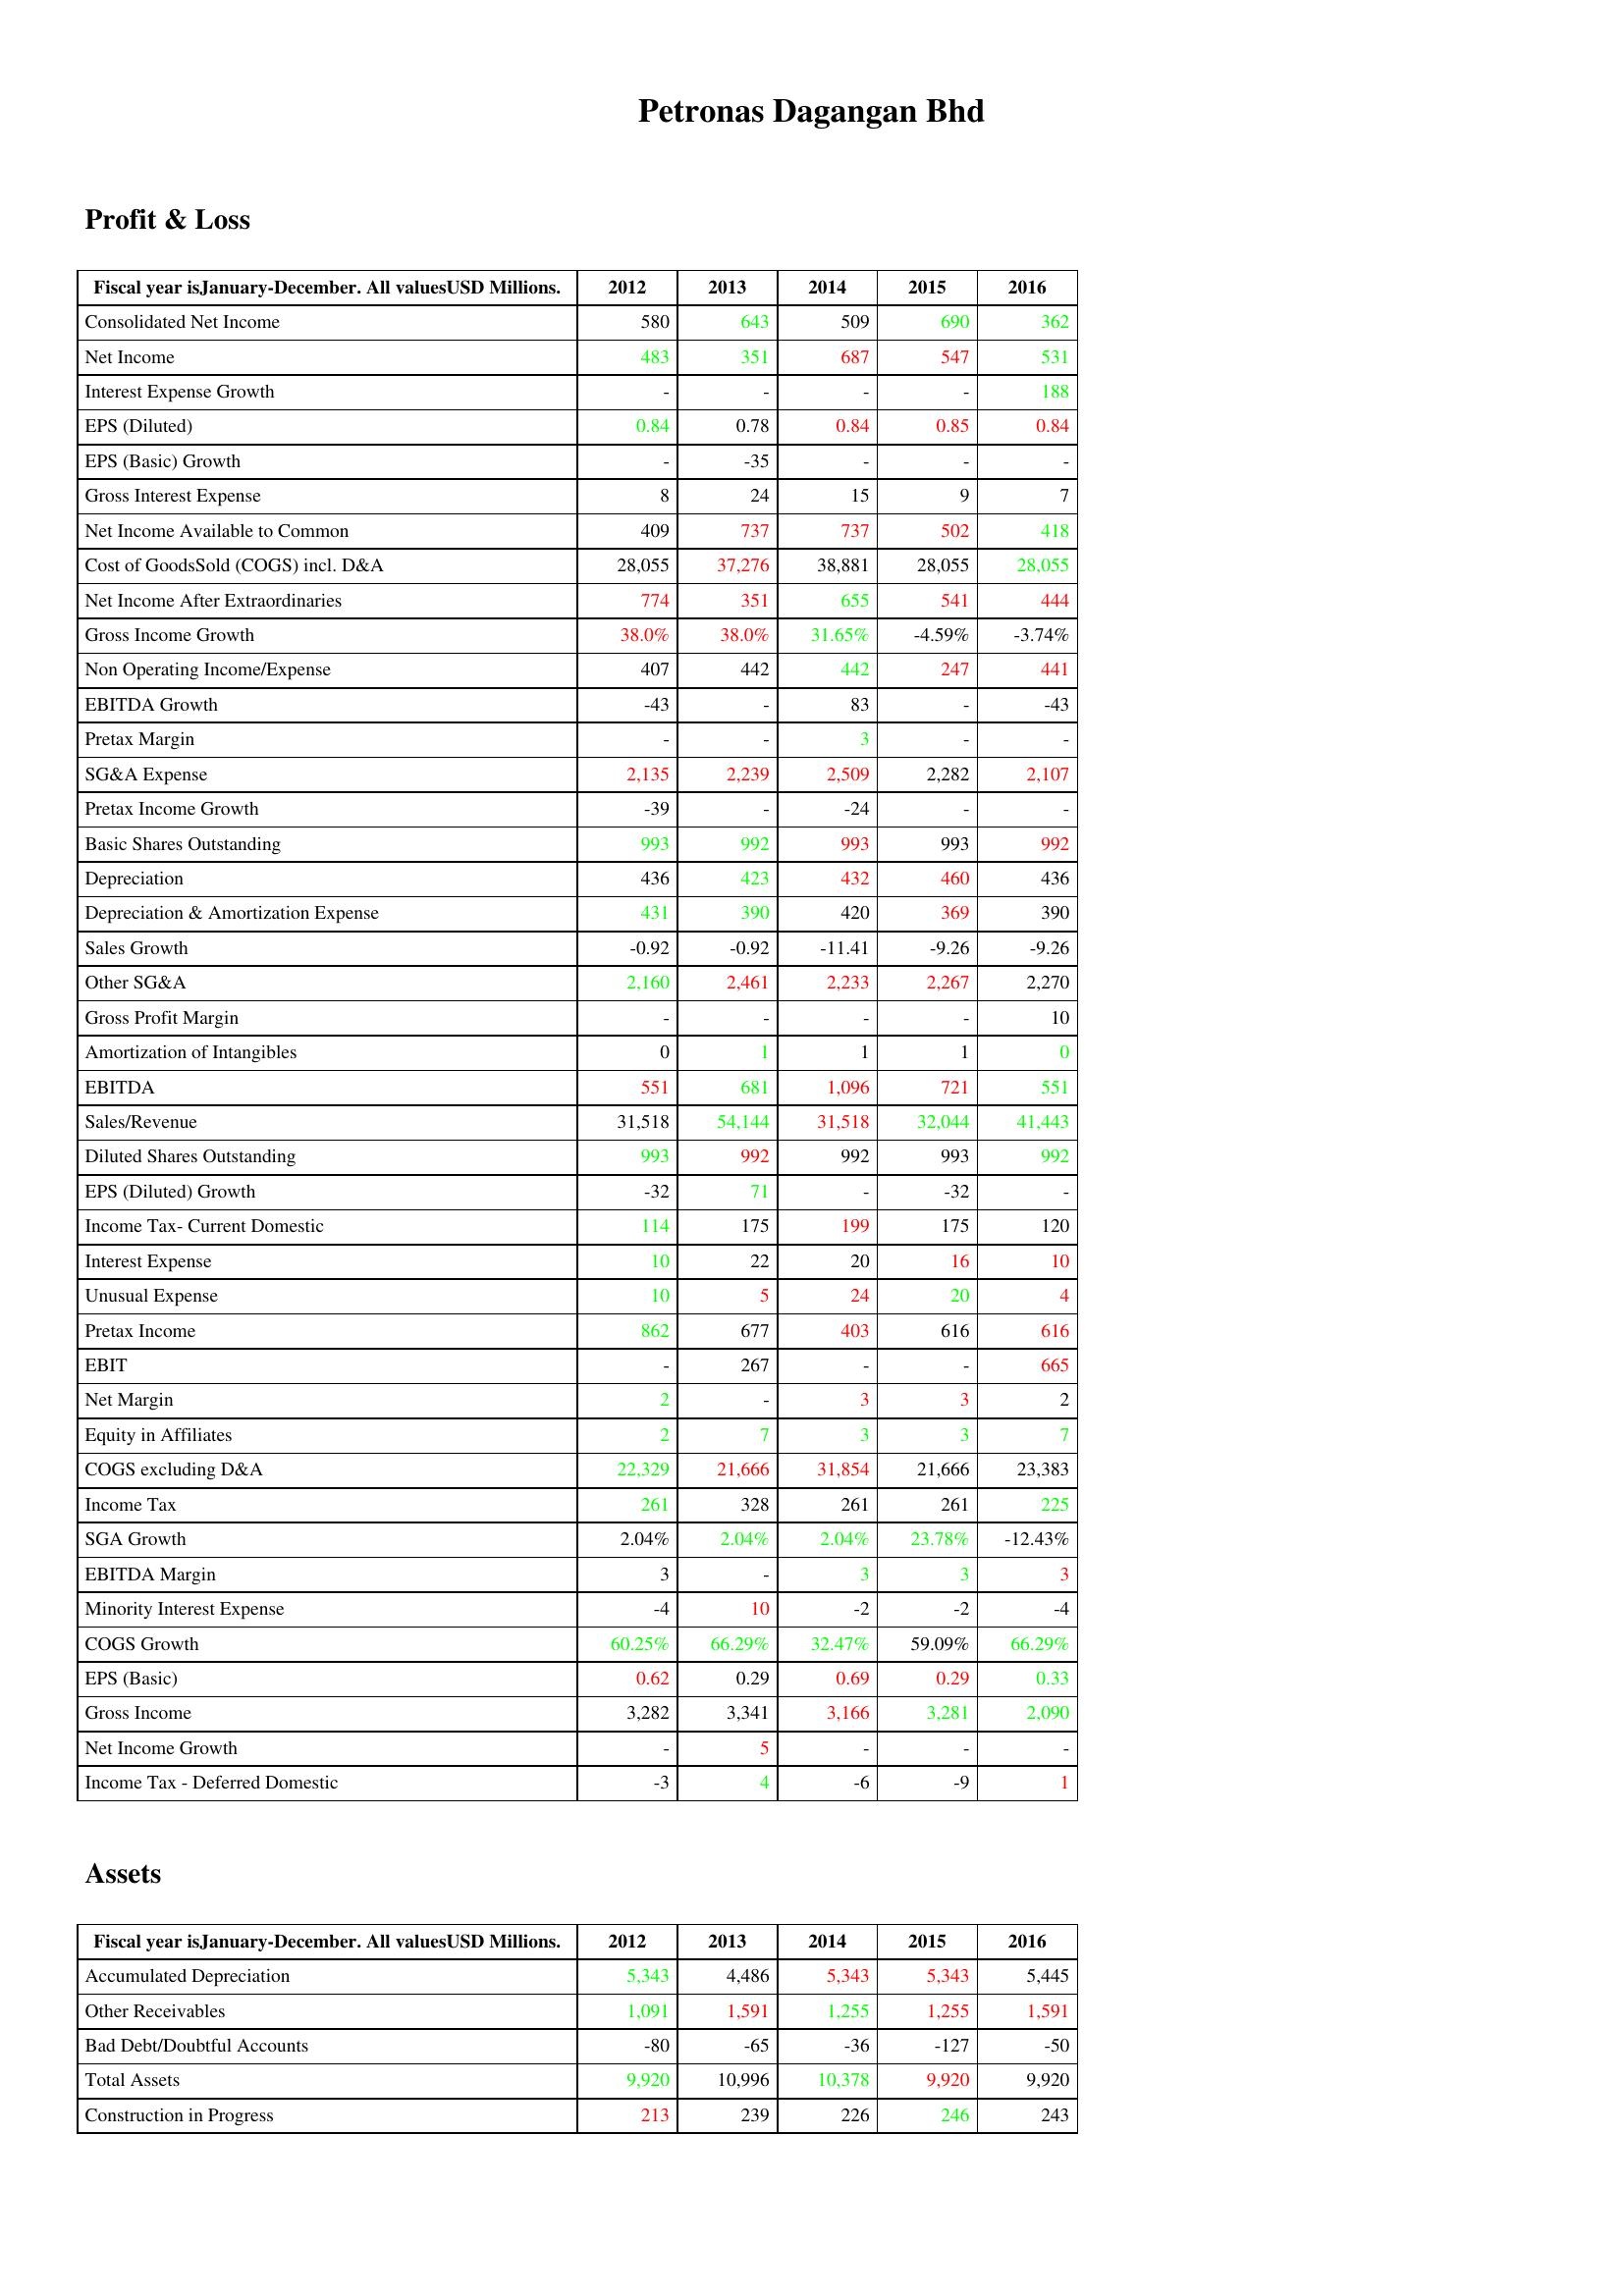
gt_parse: 2012: Profit & Loss: Consolidated Net Income: 580
Net Income: 483
Interest Expense Growth: -
EPS (Diluted): 0.84
EPS (Basic) Growth: -
Gross Interest Expense: 8
Net Income Available to Common: 409
Cost of GoodsSold (COGS) incl. D&A: 28,055
Net Income After Extraordinaries: 774
Gross Income Growth: 38.0%
Non Operating Income/Expense: 407
EBITDA Growth: -43
Pretax Margin: -
SG&A Expense: 2,135
Pretax Income Growth: -39
Basic Shares Outstanding: 993
Depreciation: 436
Depreciation & Amortization Expense: 431
Sales Growth: -0.92
Other SG&A: 2,160
Gross Profit Margin: -
Amortization of Intangibles: 0
EBITDA: 551
Sales/Revenue: 31,518
Diluted Shares Outstanding: 993
EPS (Diluted) Growth: -32
Income Tax- Current Domestic: 114
Interest Expense: 10
Unusual Expense: 10
Pretax Income: 862
EBIT: -
Net Margin: 2
Equity in Affiliates: 2
COGS excluding D&A: 22,329
Income Tax: 261
SGA Growth: 2.04%
EBITDA Margin: 3
Minority Interest Expense: -4
COGS Growth: 60.25%
EPS (Basic): 0.62
Gross Income: 3,282
Net Income Growth: -
Income Tax - Deferred Domestic: -3
Assets: Accumulated Depreciation: 5,343
Other Receivables: 1,091
Bad Debt/Doubtful Accounts: -80
Total Assets: 9,920
Construction in Progress: 213
2013: Profit & Loss: Consolidated Net Income: 643
Net Income: 351
Interest Expense Growth: -
EPS (Diluted): 0.78
EPS (Basic) Growth: -35
Gross Interest Expense: 24
Net Income Available to Common: 737
Cost of GoodsSold (COGS) incl. D&A: 37,276
Net Income After Extraordinaries: 351
Gross Income Growth: 38.0%
Non Operating Income/Expense: 442
EBITDA Growth: -
Pretax Margin: -
SG&A Expense: 2,239
Pretax Income Growth: -
Basic Shares Outstanding: 992
Depreciation: 423
Depreciation & Amortization Expense: 390
Sales Growth: -0.92
Other SG&A: 2,461
Gross Profit Margin: -
Amortization of Intangibles: 1
EBITDA: 681
Sales/Revenue: 54,144
Diluted Shares Outstanding: 992
EPS (Diluted) Growth: 71
Income Tax- Current Domestic: 175
Interest Expense: 22
Unusual Expense: 5
Pretax Income: 677
EBIT: 267
Net Margin: -
Equity in Affiliates: 7
COGS excluding D&A: 21,666
Income Tax: 328
SGA Growth: 2.04%
EBITDA Margin: -
Minority Interest Expense: 10
COGS Growth: 66.29%
EPS (Basic): 0.29
Gross Income: 3,341
Net Income Growth: 5
Income Tax - Deferred Domestic: 4
Assets: Accumulated Depreciation: 4,486
Other Receivables: 1,591
Bad Debt/Doubtful Accounts: -65
Total Assets: 10,996
Construction in Progress: 239
2014: Profit & Loss: Consolidated Net Income: 509
Net Income: 687
Interest Expense Growth: -
EPS (Diluted): 0.84
EPS (Basic) Growth: -
Gross Interest Expense: 15
Net Income Available to Common: 737
Cost of GoodsSold (COGS) incl. D&A: 38,881
Net Income After Extraordinaries: 655
Gross Income Growth: 31.65%
Non Operating Income/Expense: 442
EBITDA Growth: 83
Pretax Margin: 3
SG&A Expense: 2,509
Pretax Income Growth: -24
Basic Shares Outstanding: 993
Depreciation: 432
Depreciation & Amortization Expense: 420
Sales Growth: -11.41
Other SG&A: 2,233
Gross Profit Margin: -
Amortization of Intangibles: 1
EBITDA: 1,096
Sales/Revenue: 31,518
Diluted Shares Outstanding: 992
EPS (Diluted) Growth: -
Income Tax- Current Domestic: 199
Interest Expense: 20
Unusual Expense: 24
Pretax Income: 403
EBIT: -
Net Margin: 3
Equity in Affiliates: 3
COGS excluding D&A: 31,854
Income Tax: 261
SGA Growth: 2.04%
EBITDA Margin: 3
Minority Interest Expense: -2
COGS Growth: 32.47%
EPS (Basic): 0.69
Gross Income: 3,166
Net Income Growth: -
Income Tax - Deferred Domestic: -6
Assets: Accumulated Depreciation: 5,343
Other Receivables: 1,255
Bad Debt/Doubtful Accounts: -36
Total Assets: 10,378
Construction in Progress: 226
2015: Profit & Loss: Consolidated Net Income: 690
Net Income: 547
Interest Expense Growth: -
EPS (Diluted): 0.85
EPS (Basic) Growth: -
Gross Interest Expense: 9
Net Income Available to Common: 502
Cost of GoodsSold (COGS) incl. D&A: 28,055
Net Income After Extraordinaries: 541
Gross Income Growth: -4.59%
Non Operating Income/Expense: 247
EBITDA Growth: -
Pretax Margin: -
SG&A Expense: 2,282
Pretax Income Growth: -
Basic Shares Outstanding: 993
Depreciation: 460
Depreciation & Amortization Expense: 369
Sales Growth: -9.26
Other SG&A: 2,267
Gross Profit Margin: -
Amortization of Intangibles: 1
EBITDA: 721
Sales/Revenue: 32,044
Diluted Shares Outstanding: 993
EPS (Diluted) Growth: -32
Income Tax- Current Domestic: 175
Interest Expense: 16
Unusual Expense: 20
Pretax Income: 616
EBIT: -
Net Margin: 3
Equity in Affiliates: 3
COGS excluding D&A: 21,666
Income Tax: 261
SGA Growth: 23.78%
EBITDA Margin: 3
Minority Interest Expense: -2
COGS Growth: 59.09%
EPS (Basic): 0.29
Gross Income: 3,281
Net Income Growth: -
Income Tax - Deferred Domestic: -9
Assets: Accumulated Depreciation: 5,343
Other Receivables: 1,255
Bad Debt/Doubtful Accounts: -127
Total Assets: 9,920
Construction in Progress: 246
2016: Profit & Loss: Consolidated Net Income: 362
Net Income: 531
Interest Expense Growth: 188
EPS (Diluted): 0.84
EPS (Basic) Growth: -
Gross Interest Expense: 7
Net Income Available to Common: 418
Cost of GoodsSold (COGS) incl. D&A: 28,055
Net Income After Extraordinaries: 444
Gross Income Growth: -3.74%
Non Operating Income/Expense: 441
EBITDA Growth: -43
Pretax Margin: -
SG&A Expense: 2,107
Pretax Income Growth: -
Basic Shares Outstanding: 992
Depreciation: 436
Depreciation & Amortization Expense: 390
Sales Growth: -9.26
Other SG&A: 2,270
Gross Profit Margin: 10
Amortization of Intangibles: 0
EBITDA: 551
Sales/Revenue: 41,443
Diluted Shares Outstanding: 992
EPS (Diluted) Growth: -
Income Tax- Current Domestic: 120
Interest Expense: 10
Unusual Expense: 4
Pretax Income: 616
EBIT: 665
Net Margin: 2
Equity in Affiliates: 7
COGS excluding D&A: 23,383
Income Tax: 225
SGA Growth: -12.43%
EBITDA Margin: 3
Minority Interest Expense: -4
COGS Growth: 66.29%
EPS (Basic): 0.33
Gross Income: 2,090
Net Income Growth: -
Income Tax - Deferred Domestic: 1
Assets: Accumulated Depreciation: 5,445
Other Receivables: 1,591
Bad Debt/Doubtful Accounts: -50
Total Assets: 9,920
Construction in Progress: 243